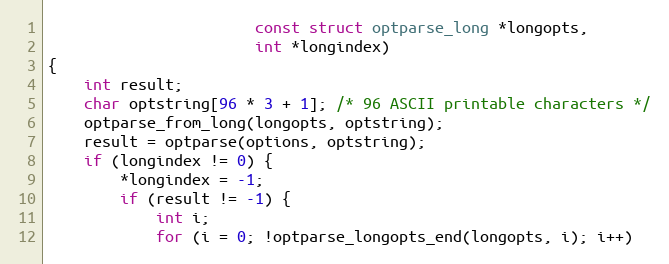
Language: C
                       const struct optparse_long *longopts,
                       int *longindex)
{
    int result;
    char optstring[96 * 3 + 1]; /* 96 ASCII printable characters */
    optparse_from_long(longopts, optstring);
    result = optparse(options, optstring);
    if (longindex != 0) {
        *longindex = -1;
        if (result != -1) {
            int i;
            for (i = 0; !optparse_longopts_end(longopts, i); i++)